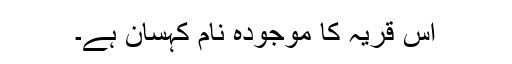
اِس قریہ کا موجودہ نام کہسان ہے۔